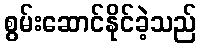
စွမ်းဆောင်နိုင်ခဲ့သည်